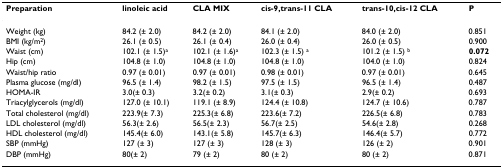
<table><thead><tr><td><b>Preparation</b></td><td><b>linoleic acid</b></td><td><b>CLA MIX</b></td><td><b>cis-9,trans-11 CLA</b></td><td><b>trans-10,cis-12 CLA</b></td><td><b>P</b></td></tr></thead><tbody><tr><td>Weight (kg)</td><td>84.2 (± 2.0)</td><td>84.2 (± 2.0)</td><td>84.1 (± 2.0)</td><td>84.0 (± 2.0)</td><td>0.851</td></tr><tr><td>BMI (kg/m<sup>2</sup>)</td><td>26.1 (± 0.5)</td><td>26.1 (± 0.4)</td><td>26.0 (± 0.4)</td><td>26.0 (± 0.5)</td><td>0.900</td></tr><tr><td>Waist (cm)</td><td>102.1 (± 1.5)<sup>a</sup></td><td>102.1 (± 1.6)<sup>a</sup></td><td>102.3 (± 1.5) <sup>a</sup></td><td>101.2 (± 1.5) <sup>b</sup></td><td><b>0.072</b></td></tr><tr><td>Hip (cm)</td><td>104.8 (± 1.0)</td><td>104.8 (± 1.0)</td><td>104.8 (± 1.0)</td><td>104.0 (± 1.0)</td><td>0.824</td></tr><tr><td>Waist/hip ratio</td><td>0.97 (± 0.01)</td><td>0.97 (± 0.01)</td><td>0.98 (± 0.01)</td><td>0.97 (± 0.01)</td><td>0.645</td></tr><tr><td>Plasma glucose (mg/dl)</td><td>96.5 (± 1.4)</td><td>98.2 (± 1.5)</td><td>97.5 (± 1.5)</td><td>96.5 (± 1.4)</td><td>0.487</td></tr><tr><td>HOMA-IR</td><td>3.0(± 0.3)</td><td>3.2(± 0.2)</td><td>3.1(± 0.3)</td><td>2.9(± 0.2)</td><td>0.693</td></tr><tr><td>Triacylglycerols (mg/dl)</td><td>127.0 (± 10.1)</td><td>119.1 (± 8.9)</td><td>124.4 (± 10.8)</td><td>124.7 (± 10.6)</td><td>0.787</td></tr><tr><td>Total cholesterol (mg/dl)</td><td>223.9(± 7.3)</td><td>225.3(± 6.8)</td><td>223.6(± 7.2)</td><td>226.5(± 6.8)</td><td>0.783</td></tr><tr><td>LDL cholesterol (mg/dl)</td><td>56.3(± 2.6)</td><td>56.5(± 2.3)</td><td>56.7(± 2.5)</td><td>54.6(± 2.8)</td><td>0.268</td></tr><tr><td>HDL cholesterol (mg/dl)</td><td>145.4(± 6.0)</td><td>143.1(± 5.8)</td><td>145.7(± 6.3)</td><td>146.4(± 5.7)</td><td>0.772</td></tr><tr><td>SBP (mmHg)</td><td>127 (± 3)</td><td>127 (± 3)</td><td>128 (± 3)</td><td>126 (± 2)</td><td>0.901</td></tr><tr><td>DBP (mmHg)</td><td>80(± 2)</td><td>79 (± 2)</td><td>80 (± 2)</td><td>80 (± 2)</td><td>0.871</td></tr></tbody></table>